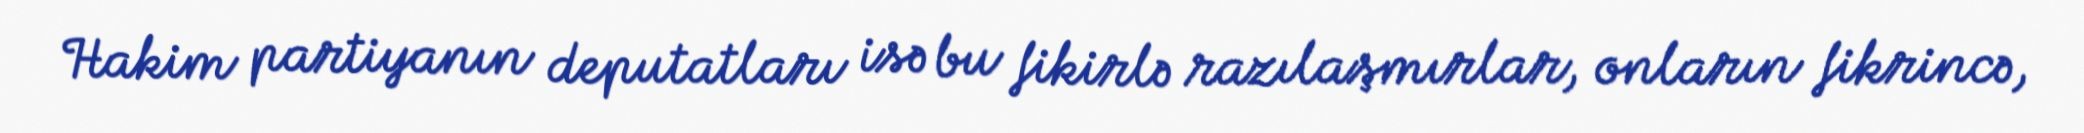
Hakim partiyanın deputatları isə bu fikirlə razılaşmırlar, onların fikrincə,